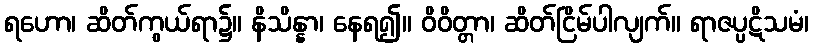
ရဟော၊ ဆိတ်ကွယ်ရာ၌။ နိသိန္နာ၊ နေရ၍။ ဝိဝိတ္တာ၊ ဆိတ်ငြိမ်ပါလျက်။ ရာဇပ္ပဋိသမံ၊